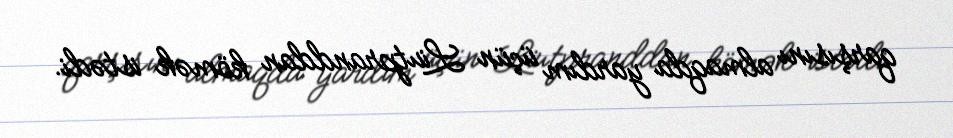
qarşısını almaqda yardım üçün Liutpranddan kömək istədi.